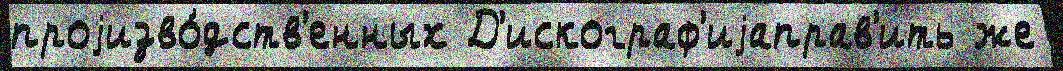
проjизво́дств'енных Д'искограф'иjаправ'ить же